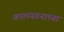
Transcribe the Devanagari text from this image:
कालयवनाच्या